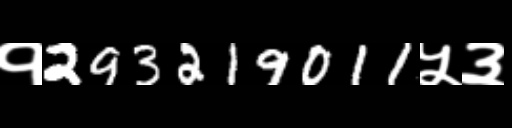
Text: १293219011५३